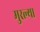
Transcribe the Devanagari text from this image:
मुरल्या